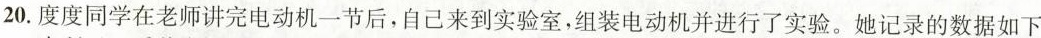
20.度度同学在老师讲完电动机一节后，自己来到实验室，组装电动机并进行了实验。她记录的数据如下